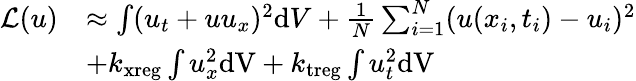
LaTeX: \begin{array}{rl}{\mathcal{L}(u)}&{\approx\int(u_{t}+uu_{x})^{2}\mathrm{d}V+\frac{1}{N}\sum_{i=1}^{N}(u(x_{i},t_{i})-u_{i})^{2}}\\ &{+k_{\mathrm{xreg}}\int u_{x}^{2}\mathrm{dV}+k_{\mathrm{treg}}\int u_{t}^{2}\mathrm{dV}}\end{array}